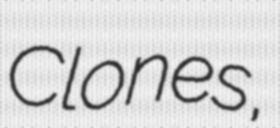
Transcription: Clones,